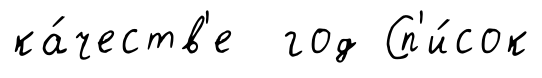
ка́честв'е год Сп'и́сок